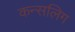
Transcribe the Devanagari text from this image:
कन्सलिग